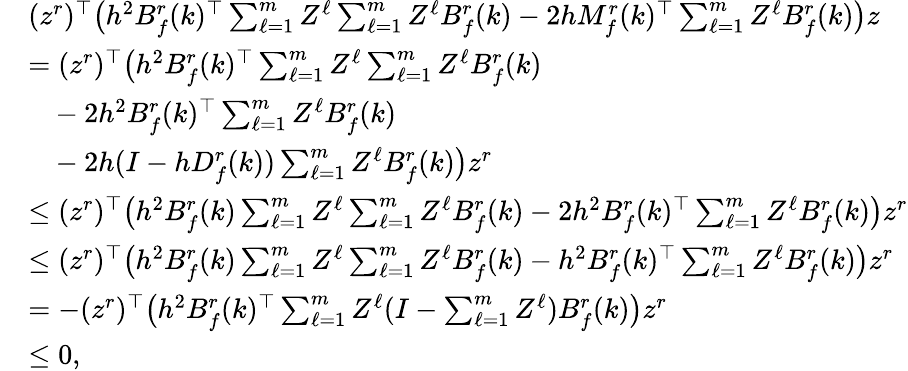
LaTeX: \begin{array}{rl}&{(z^{r})^{\top}\big(h^{2}B_{f}^{r}(k)^{\top}\textstyle\sum_{\ell=1}^{m}Z^{\ell}\textstyle\sum_{\ell=1}^{m}Z^{\ell}B_{f}^{r}(k)-2hM_{f}^{r}(k)^{\top}\textstyle\sum_{\ell=1}^{m}Z^{\ell}B_{f}^{r}(k)\big)z}\\ &{=(z^{r})^{\top}\big(h^{2}B_{f}^{r}(k)^{\top}\textstyle\sum_{\ell=1}^{m}Z^{\ell}\textstyle\sum_{\ell=1}^{m}Z^{\ell}B_{f}^{r}(k)}\\ &{~~~-2h^{2}B_{f}^{r}(k)^{\top}\textstyle\sum_{\ell=1}^{m}Z^{\ell}B_{f}^{r}(k)}\\ &{~~~-2h(I-hD_{f}^{r}(k))\textstyle\sum_{\ell=1}^{m}Z^{\ell}B_{f}^{r}(k)\big)z^{r}}\\ &{\leq(z^{r})^{\top}\big(h^{2}B_{f}^{r}(k)\textstyle\sum_{\ell=1}^{m}Z^{\ell}\textstyle\sum_{\ell=1}^{m}Z^{\ell}B_{f}^{r}(k)-2h^{2}B_{f}^{r}(k)^{\top}\textstyle\sum_{\ell=1}^{m}Z^{\ell}B_{f}^{r}(k)\big)z^{r}}\\ &{\leq(z^{r})^{\top}\big(h^{2}B_{f}^{r}(k)\textstyle\sum_{\ell=1}^{m}Z^{\ell}\textstyle\sum_{\ell=1}^{m}Z^{\ell}B_{f}^{r}(k)-h^{2}B_{f}^{r}(k)^{\top}\textstyle\sum_{\ell=1}^{m}Z^{\ell}B_{f}^{r}(k)\big)z^{r}}\\ &{=-(z^{r})^{\top}\big(h^{2}B_{f}^{r}(k)^{\top}\textstyle\sum_{\ell=1}^{m}Z^{\ell}(I-\textstyle\sum_{\ell=1}^{m}Z^{\ell})B_{f}^{r}(k)\big)z^{r}}\\ &{\leq 0,}\end{array}